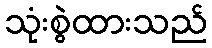
သုံးစွဲထားသည်